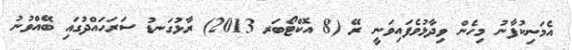
އެމަނިކުފާނު މިހެން ވިދާޅުވެފައިވަނީ ރޭ (8 އޮކްޓޯބަރ 2013) ރާޅުގަނޑު ސަރަހައްދުގައި ބޭއްވުނު